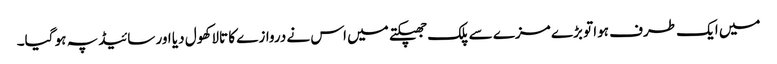
میں ایک طرف ہوا تو بڑے مزے سے پلک جھپکتے میں اس نے دروازے کا تالا کھول دیا اور سائیڈ پہ ہو گیا۔